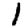
Digit: 1